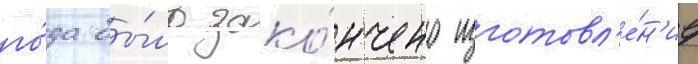
го́да бы́ло зако́нчено изготовл'е́н'ие